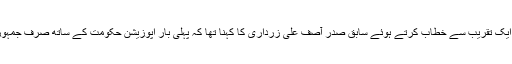
بلاول ہاؤس لاہور میں ایک تقریب سے خطاب کرتے ہوئے سابق صدر آصف علی زرداری کا کہنا تھا کہ پہلی بار اپوزیشن حکومت کے ساتھ صرف جمہوریت کیلئے کھڑی ہے۔